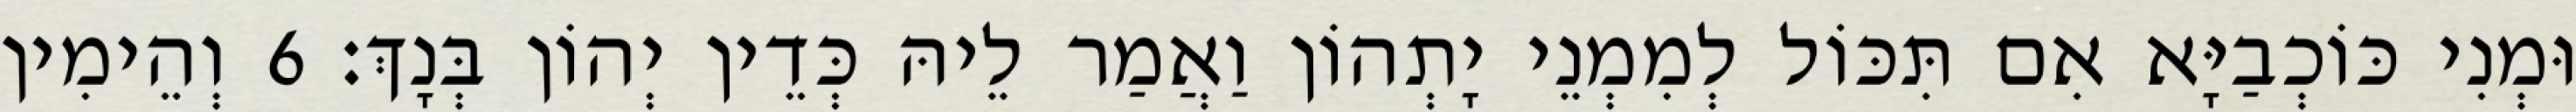
וּמְנִי כּוֹכְבַיָּא אִם תִּכּוֹל לְמִמְנֵי יָתְהוֹן וַאֲמַר לֵיהּ כְּדֵין יְהוֹן בְּנָךְ׃ 6 וְהֵימִין